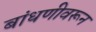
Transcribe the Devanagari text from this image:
बांधणीवरून